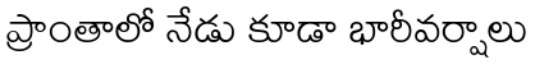
ప్రాంతాలో నేడు కూడా భారీవర్షాలు